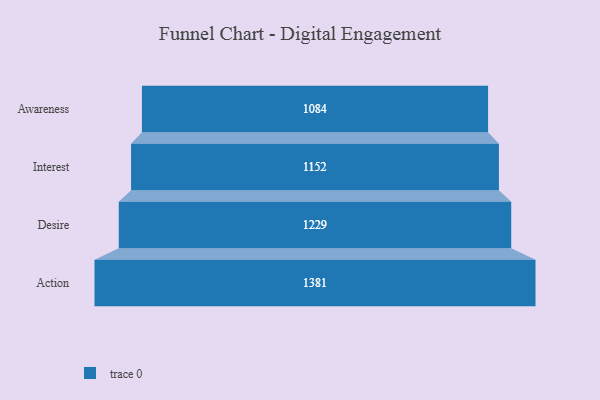
{"axis": {"x": "Stage", "y": "Value"}, "legend": [""], "data": [{"x": "Awareness", "y": 1084.0, "type": ""}, {"x": "Interest", "y": 1152.0, "type": ""}, {"x": "Desire", "y": 1229.0, "type": ""}, {"x": "Action", "y": 1381.0, "type": ""}]}